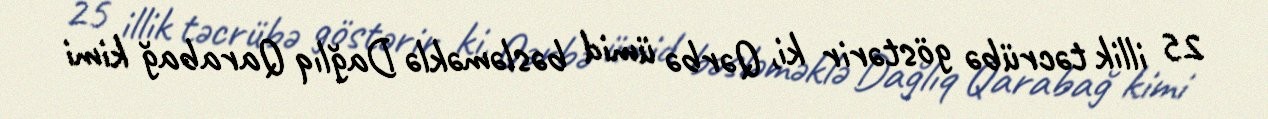
25 illik təcrübə göstərir ki, Qərbə ümid bəsləməklə Dağlıq Qarabağ kimi